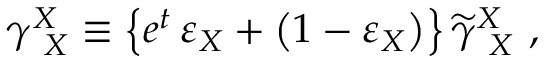
\gamma _ { \ X } ^ { X } \equiv \left\{ e ^ { t } \, \varepsilon _ { X } + \left( 1 - \varepsilon _ { X } \right) \right\} \widetilde { \gamma } _ { \ X } ^ { X } \ ,